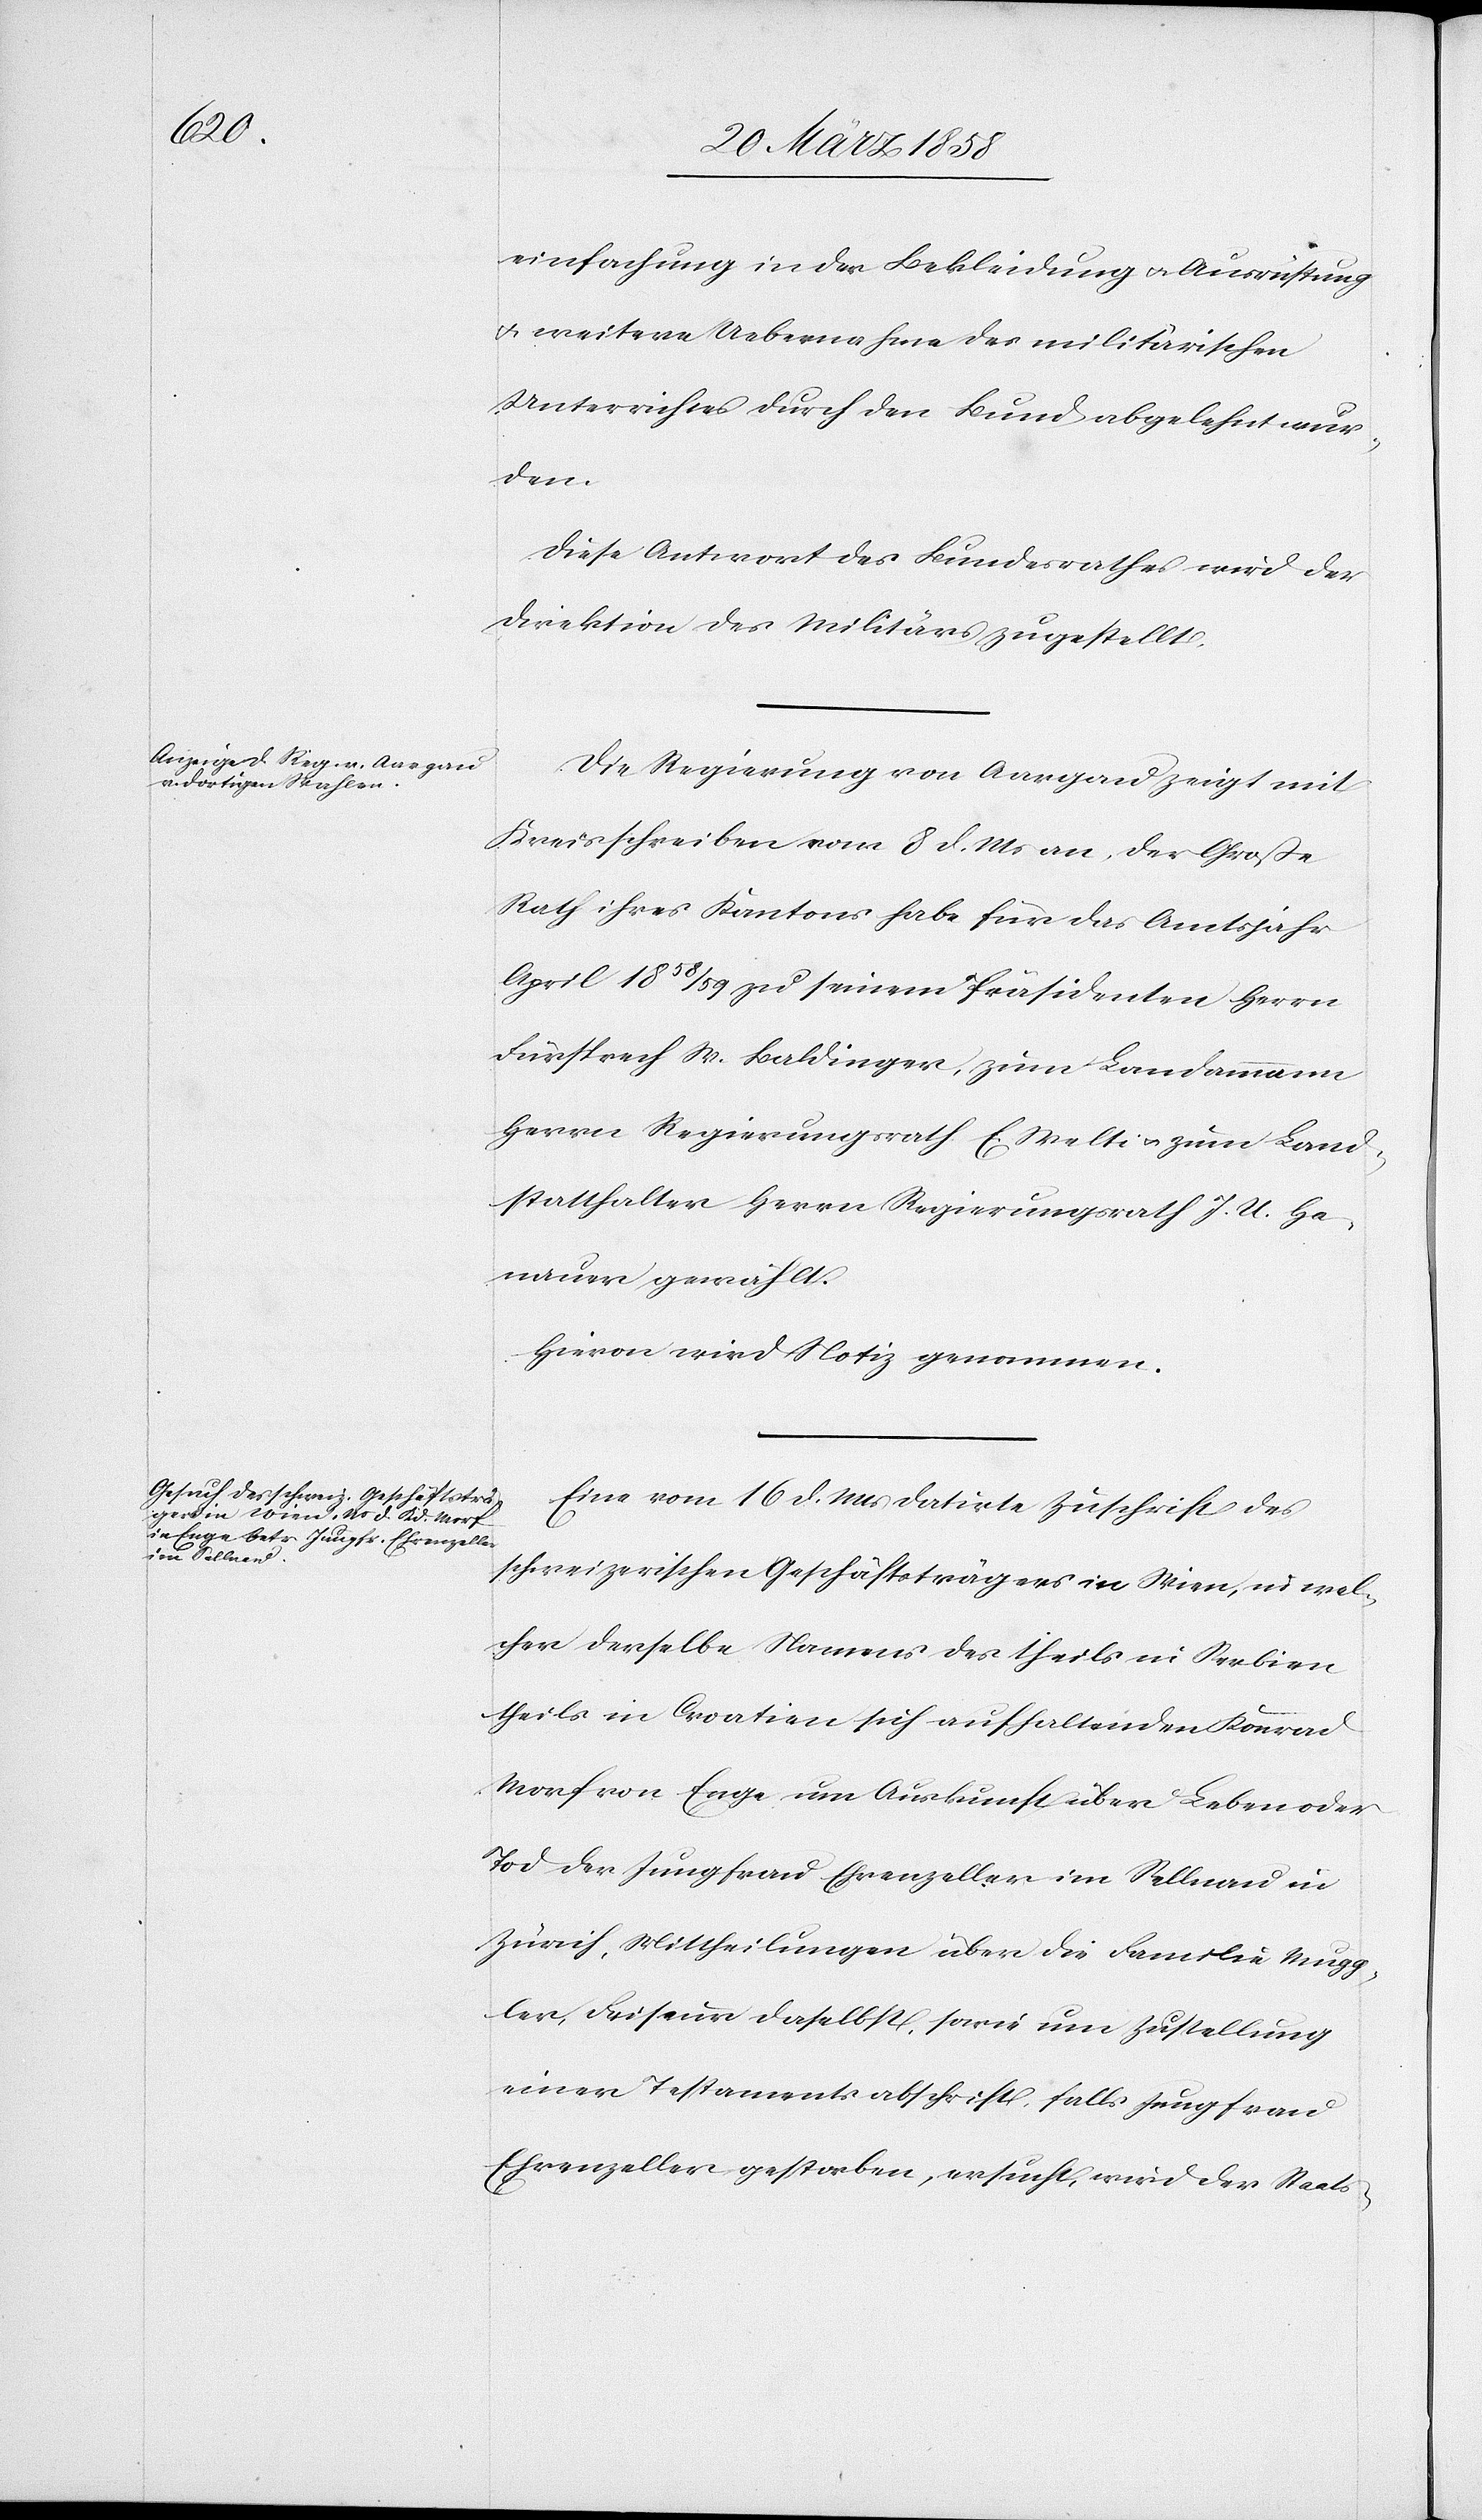
einfachung in der Bekleidung u. Ausrüstung
u. weitere Uebernahme des militärischen
Unterrichtes durch den Bund abgelehnt wur¬
den.
Diese Antwort des Bundesrathes wird der
Direktion des Militärs zugestellt.
Die Regierung von Aargau zeigt mit
Kreisschreiben vom 8. d. Mts. an, der Große
Rath ihres Kantons habe für das Amtsjahr
April 1858/59 zu seinem Präsidenten Herrn
Fürsprech W. Baldinger, zum Landammann
Herrn Regierungsrath E. Welti u. zum Land¬
statthalter Herrn Regierungsrath J. U. He¬
mauer gewählt.
Hievon wird Notiz genommen.
Eine vom 16. d. Mts. datirte Zuschrift des
schweizerischen Geschäftsträgers in Wien, in wel¬
cher derselbe Namens des theils in Serbien
theils in Croatien sich aufhaltenden Konrad
Morf von Enge um Auskunft über Leben oder
Tod der Jungfrau Ehrenzeller im Sellnau in
Zürich, Mittheilungen über die Familie Mugg¬
ler, Friseur daselbst, sowie um Zustellung
einer Testamentsabschrift, falls Jungfrau
Ehrenzeller gestorben, ersucht, wird der Staats-